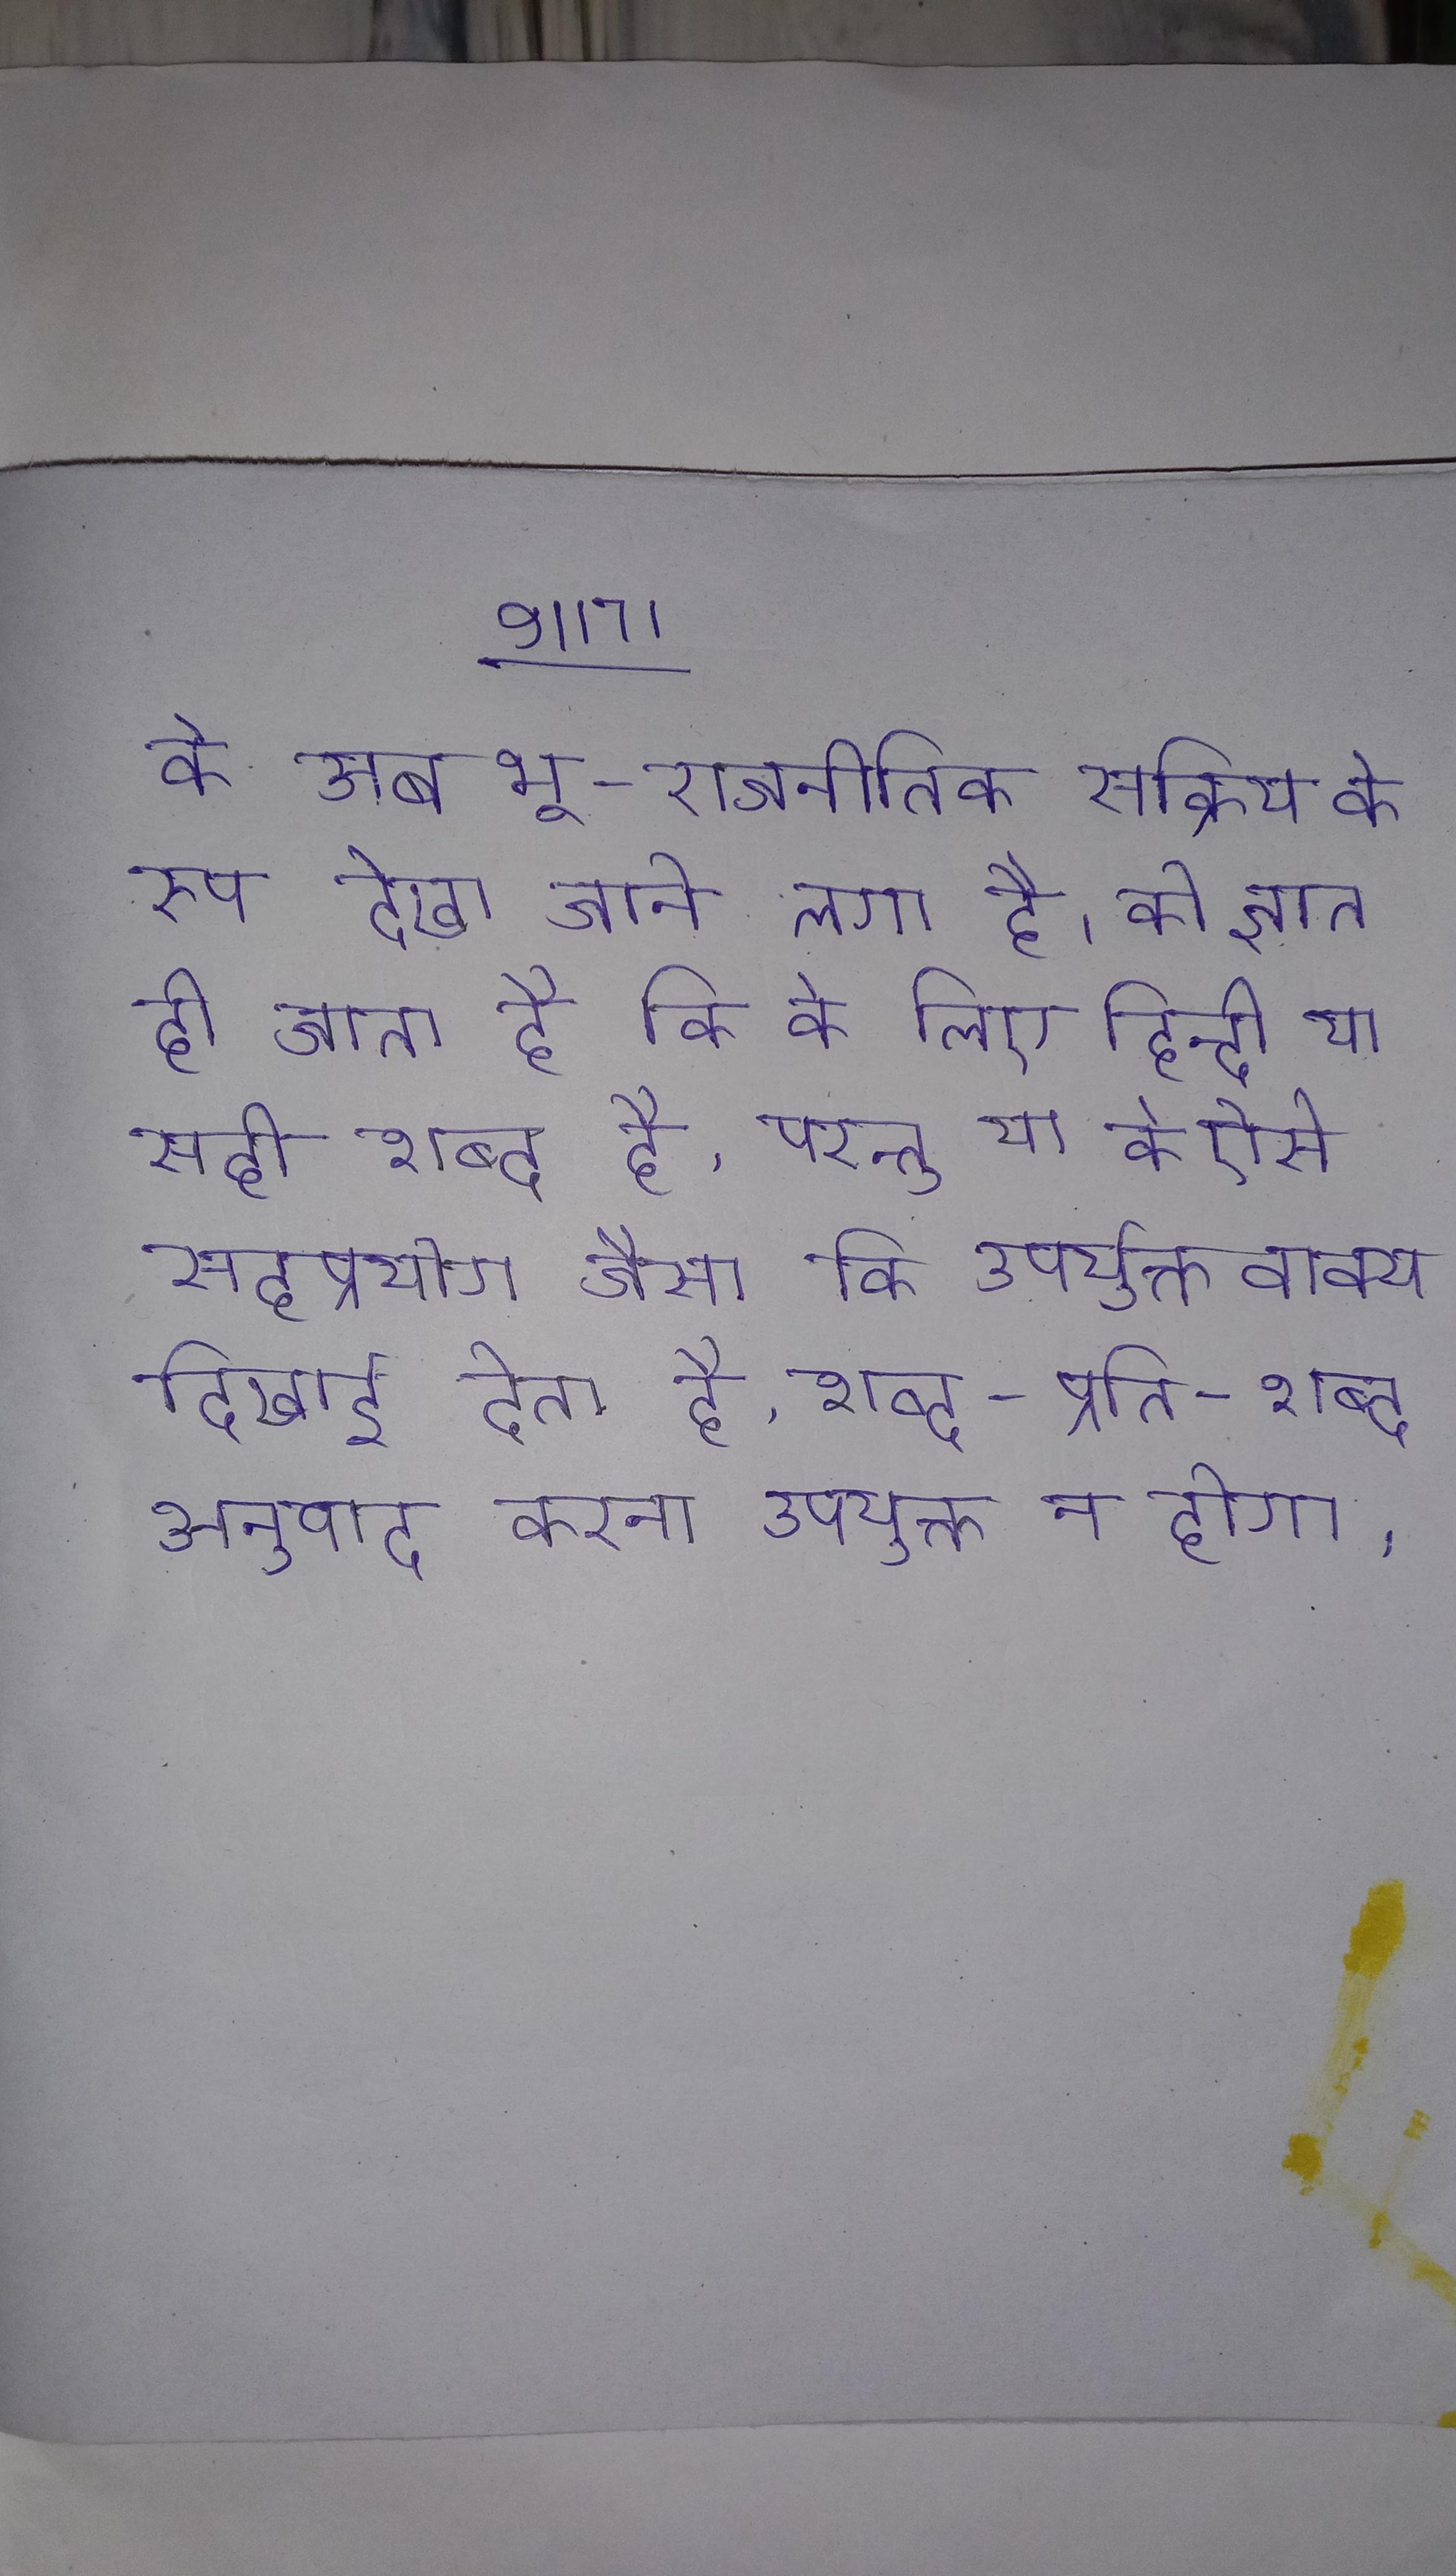
को अब भू-राजनीतिक सक्रिय के रूप देखा जाने लगा है । को ज्ञात हो जाता है कि के लिए हिन्दी या सही शब्द है, परन्तु या के ऐसे सहप्रयोग जैसा कि उपर्युक्त वाक्य दिखाई देता है, शब्द-प्रति-शब्द अनुवाद करना उपयुक्त न होगा ।